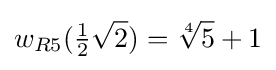
w_{R5}({\tfrac {1}{2}}{\sqrt {2}})={\sqrt[{4}]{5}}+1